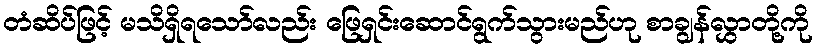
တံဆိပ်ဖြင့် မသိရှိရသော်လည်း ဖြေရှင်းဆောင်ရွက်သွားမည်ဟု စာချွန်လွှာတို့ကို